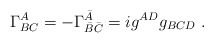
\begin{align*}\Gamma ^A_{BC}= -\Gamma ^{\bar A} _{\bar B\bar C}=i g^{AD}g_{BCD}\ .\end{align*}